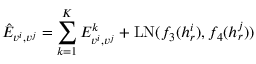
\hat { E } _ { v ^ { i } , v ^ { j } } = \sum _ { k = 1 } ^ { K } { E _ { v ^ { i } , v ^ { j } } ^ { k } } + \mathrm { L N } ( f _ { 3 } ( h _ { r } ^ { i } ) , f _ { 4 } ( h _ { r } ^ { j } ) )